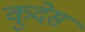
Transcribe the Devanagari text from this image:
कुदेस